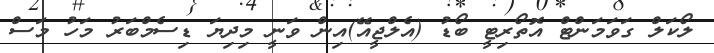
ލޯކަލް ގަވަމަންޓް އޮތޯރިޓީ ބޯޑު (އެލްޖީއޭ)އިން ވަނީ މިދިޔަ ޑިސެމްބަރު މަހު މަސް